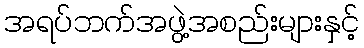
အရပ်ဘက်အဖွဲ့အစည်းများနှင့်